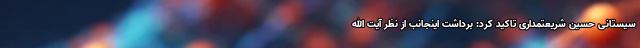
سیستانی حسین شریعتمداری تاکید کرد: برداشت اینجانب از نظر آیت الله